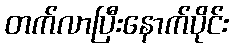
တက်လာပြီးနောက်ပိုင်း